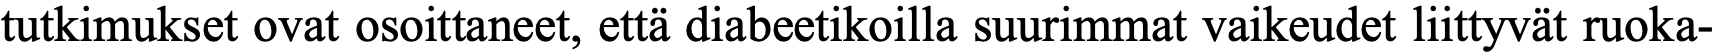
tutkimukset ovat osoittaneet, että diabeetikoilla suurimmat vaikeudet liittyvät ruoka-